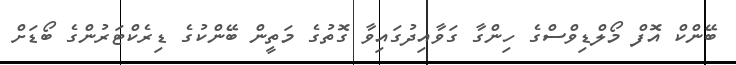
ބޭންކް އޮފް މޯލްޑިވްސްގެ ހިންގާ ގަވާއިދުގައިވާ ގޮތުގެ މަތީން ބޭންކުގެ ޑިރެކްޓަރުންގެ ބޯޑަށް